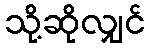
သို့ဆိုလျှင်